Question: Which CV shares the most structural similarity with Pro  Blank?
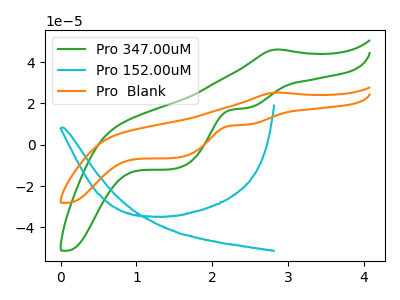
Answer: <think>The green curve "Pro 347.00uM" has an anodic peak at (2.85V, 46.10uA) and cathodic peaks at (2.45V, 17.75uA) (1.50V, -11.60uA). The cyan curve "Pro 152.00uM" has no peaks. The orange curve "Pro  Blank" has an anodic peak at (2.85V, 25.30uA) and cathodic peaks at (2.45V, 9.75uA) (1.50V, -6.35uA).
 "Pro 347.00uM" and "Pro 152.00uM" have a different number of peaks. All the peaks in "Pro 347.00uM" have a peak in "Pro  Blank" at the same potential. "Pro 152.00uM" and "Pro  Blank" have a different number of peaks.</think>
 <answer>The CV with the most similar shape to "Pro 347.00uM" is "Pro  Blank".</answer>
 <eval>"Pro  Blank"</eval>